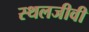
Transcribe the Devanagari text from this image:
स्थलजीवी